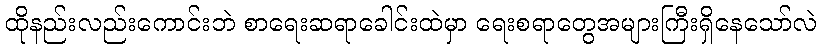
ထိုနည်းလည်းကောင်းဘဲ စာရေးဆရာခေါင်းထဲမှာ ရေးစရာတွေအများကြီးရှိနေသော်လဲ